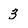
Character: 3